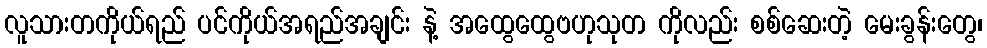
လူသားတကိုယ်ရည် ပင်ကိုယ်အရည်အချင်း နဲ့ အထွေထွေဗဟုသုတ ကိုလည်း စစ်ဆေးတဲ့ မေးခွန်းတွေ၊